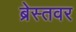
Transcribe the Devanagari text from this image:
ब्रेस्तवर